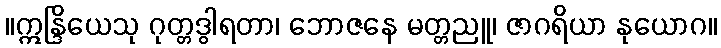
။ဣန္ဒြိယေသု ဂုတ္တဒွါရတာ၊ ဘောဇနေ မတ္တညူ၊ ဇာဂရိယာ နုယောဂ။